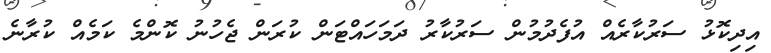
އިދިކޮޅު ސަރުކާރެއް އުފެދުމުން ސަރުކާރު ދަމަހައްޓަން ކުރަން ޖެހުނު ކޮންމެ ކަމެއް ކުރާނެ